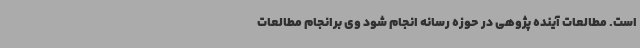
است. مطالعات آینده پژوهی در حوزه رسانه انجام شود وی برانجام مطالعات